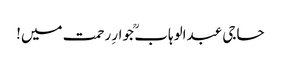
حاجی عبدالوہاب ؒ جوارِ رحمت میں!